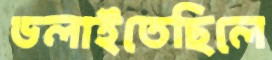
ডলাইতেছিলে